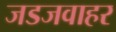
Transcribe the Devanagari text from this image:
जडजवाहर